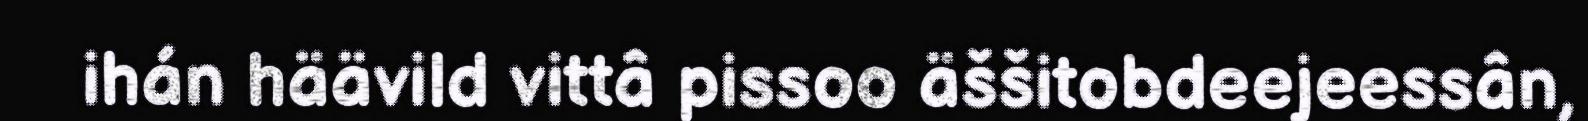
ihán häävild vittâ pissoo äššitobdeejeessân,